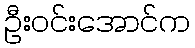
ဦးဝင်းအောင်က